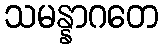
သမန္နာဂတေ